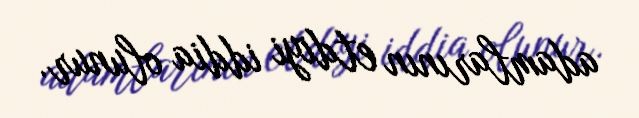
adamlarının etdiyi iddia olunur.